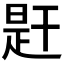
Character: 𢆝